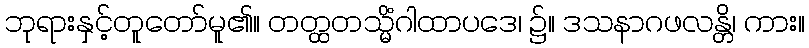
ဘုရားနှင့်တူတော်မူ၏။ တတ္ထတသ္မိံဂါထာပဒေ၊ ၌။ ဒသနာဂဖလန္တိ၊ ကား။